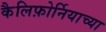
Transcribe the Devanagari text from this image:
कैलिफ़ोर्नियाच्या